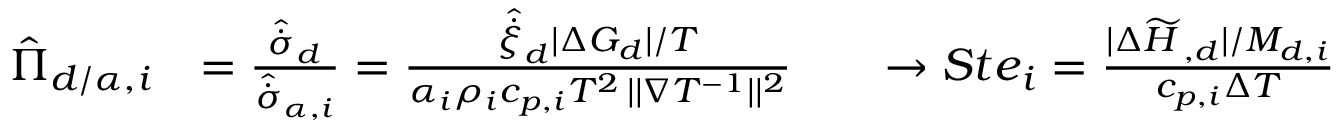
\begin{array} { r } { \begin{array} { r l r l } { \hat { \Pi } _ { d / \alpha , i } } & { = \frac { \hat { \dot { \sigma } } _ { d } } { \hat { \dot { \sigma } } _ { \alpha , i } } = \frac { { \hat { \dot { \xi } } _ { d } } { | \Delta G _ { d } | } / { T } } { { \alpha _ { i } \rho _ { i } c _ { p , i } T ^ { 2 } } \, | | \nabla { T } ^ { - 1 } | | ^ { 2 } } } & & { \to { S t e } _ { i } = \frac { | \Delta \widetilde { H } _ { \lat , d } | / M _ { d , i } } { c _ { p , i } \Delta T } } \end{array} } \end{array}